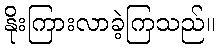
နိုးကြားလာခဲ့ကြသည်။